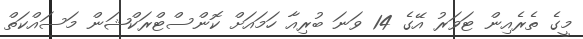
މީގެ ތެރެއިން ޓަވަރު އޭގެ 14 ވަނަ ބުރިއާ ހަމައަށް ކޮންސްޓްރަކްޝަން މަސައްކަތް